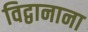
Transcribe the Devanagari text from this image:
विद्वानाना